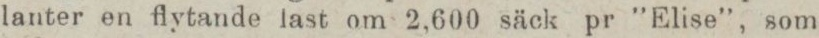
lanter en flytande last om 2,600 säck pr ”Elise”, som